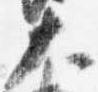
大